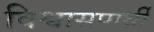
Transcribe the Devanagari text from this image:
विश्वासपार्थी